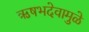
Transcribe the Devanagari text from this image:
ऋषभदेवामुळे